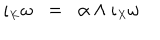
\iota _ { \scriptscriptstyle K } \omega \; \; = \; \; \alpha \wedge \iota _ { \scriptscriptstyle X } \omega